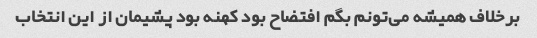
برخلاف همیشه می‌تونم بگم افتضاح بود کهنه بود پشیمان از این انتخاب